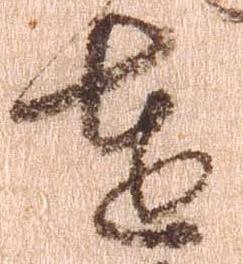
達